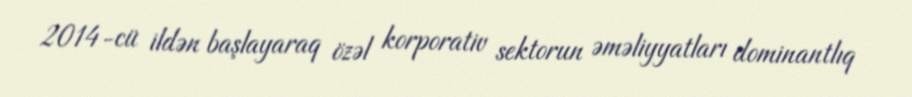
2014-cü ildən başlayaraq özəl korporativ sektorun əməliyyatları dominantlıq